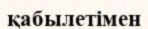
қабылетімен